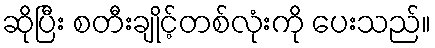
ဆိုပြီး စတီးချိုင့်တစ်လုံးကို ပေးသည်။